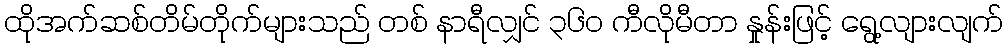
ထိုအက်ဆစ်တိမ်တိုက်များသည် တစ် နာရီလျှင် ၃၆၀ ကီလိုမီတာ နှုန်းဖြင့် ရွေ့လျားလျက်